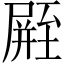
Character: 𪨛